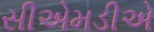
સીએમડીએ